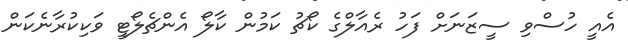
އެއީ ހުސްވި ސީޒަނަށް ފަހު ރެއާލްގެ ކޯޗު ކަމުން ކާލޯ އެންޗެލޯޓީ ވަކިކުރާނެކަން